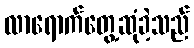
လာရောက်တွေ့ဆုံခဲ့သည်